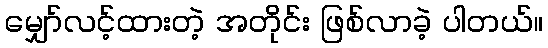
မျှော်လင့်ထားတဲ့ အတိုင်း ဖြစ်လာခဲ့ ပါတယ်။